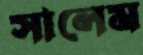
সালেম